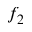
f _ { 2 }